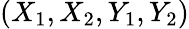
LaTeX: (X_{1},X_{2},Y_{1},Y_{2})